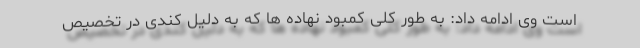
است وی ادامه داد: به طور کلی کمبود نهاده ها که به دلیل کندی در تخصیص